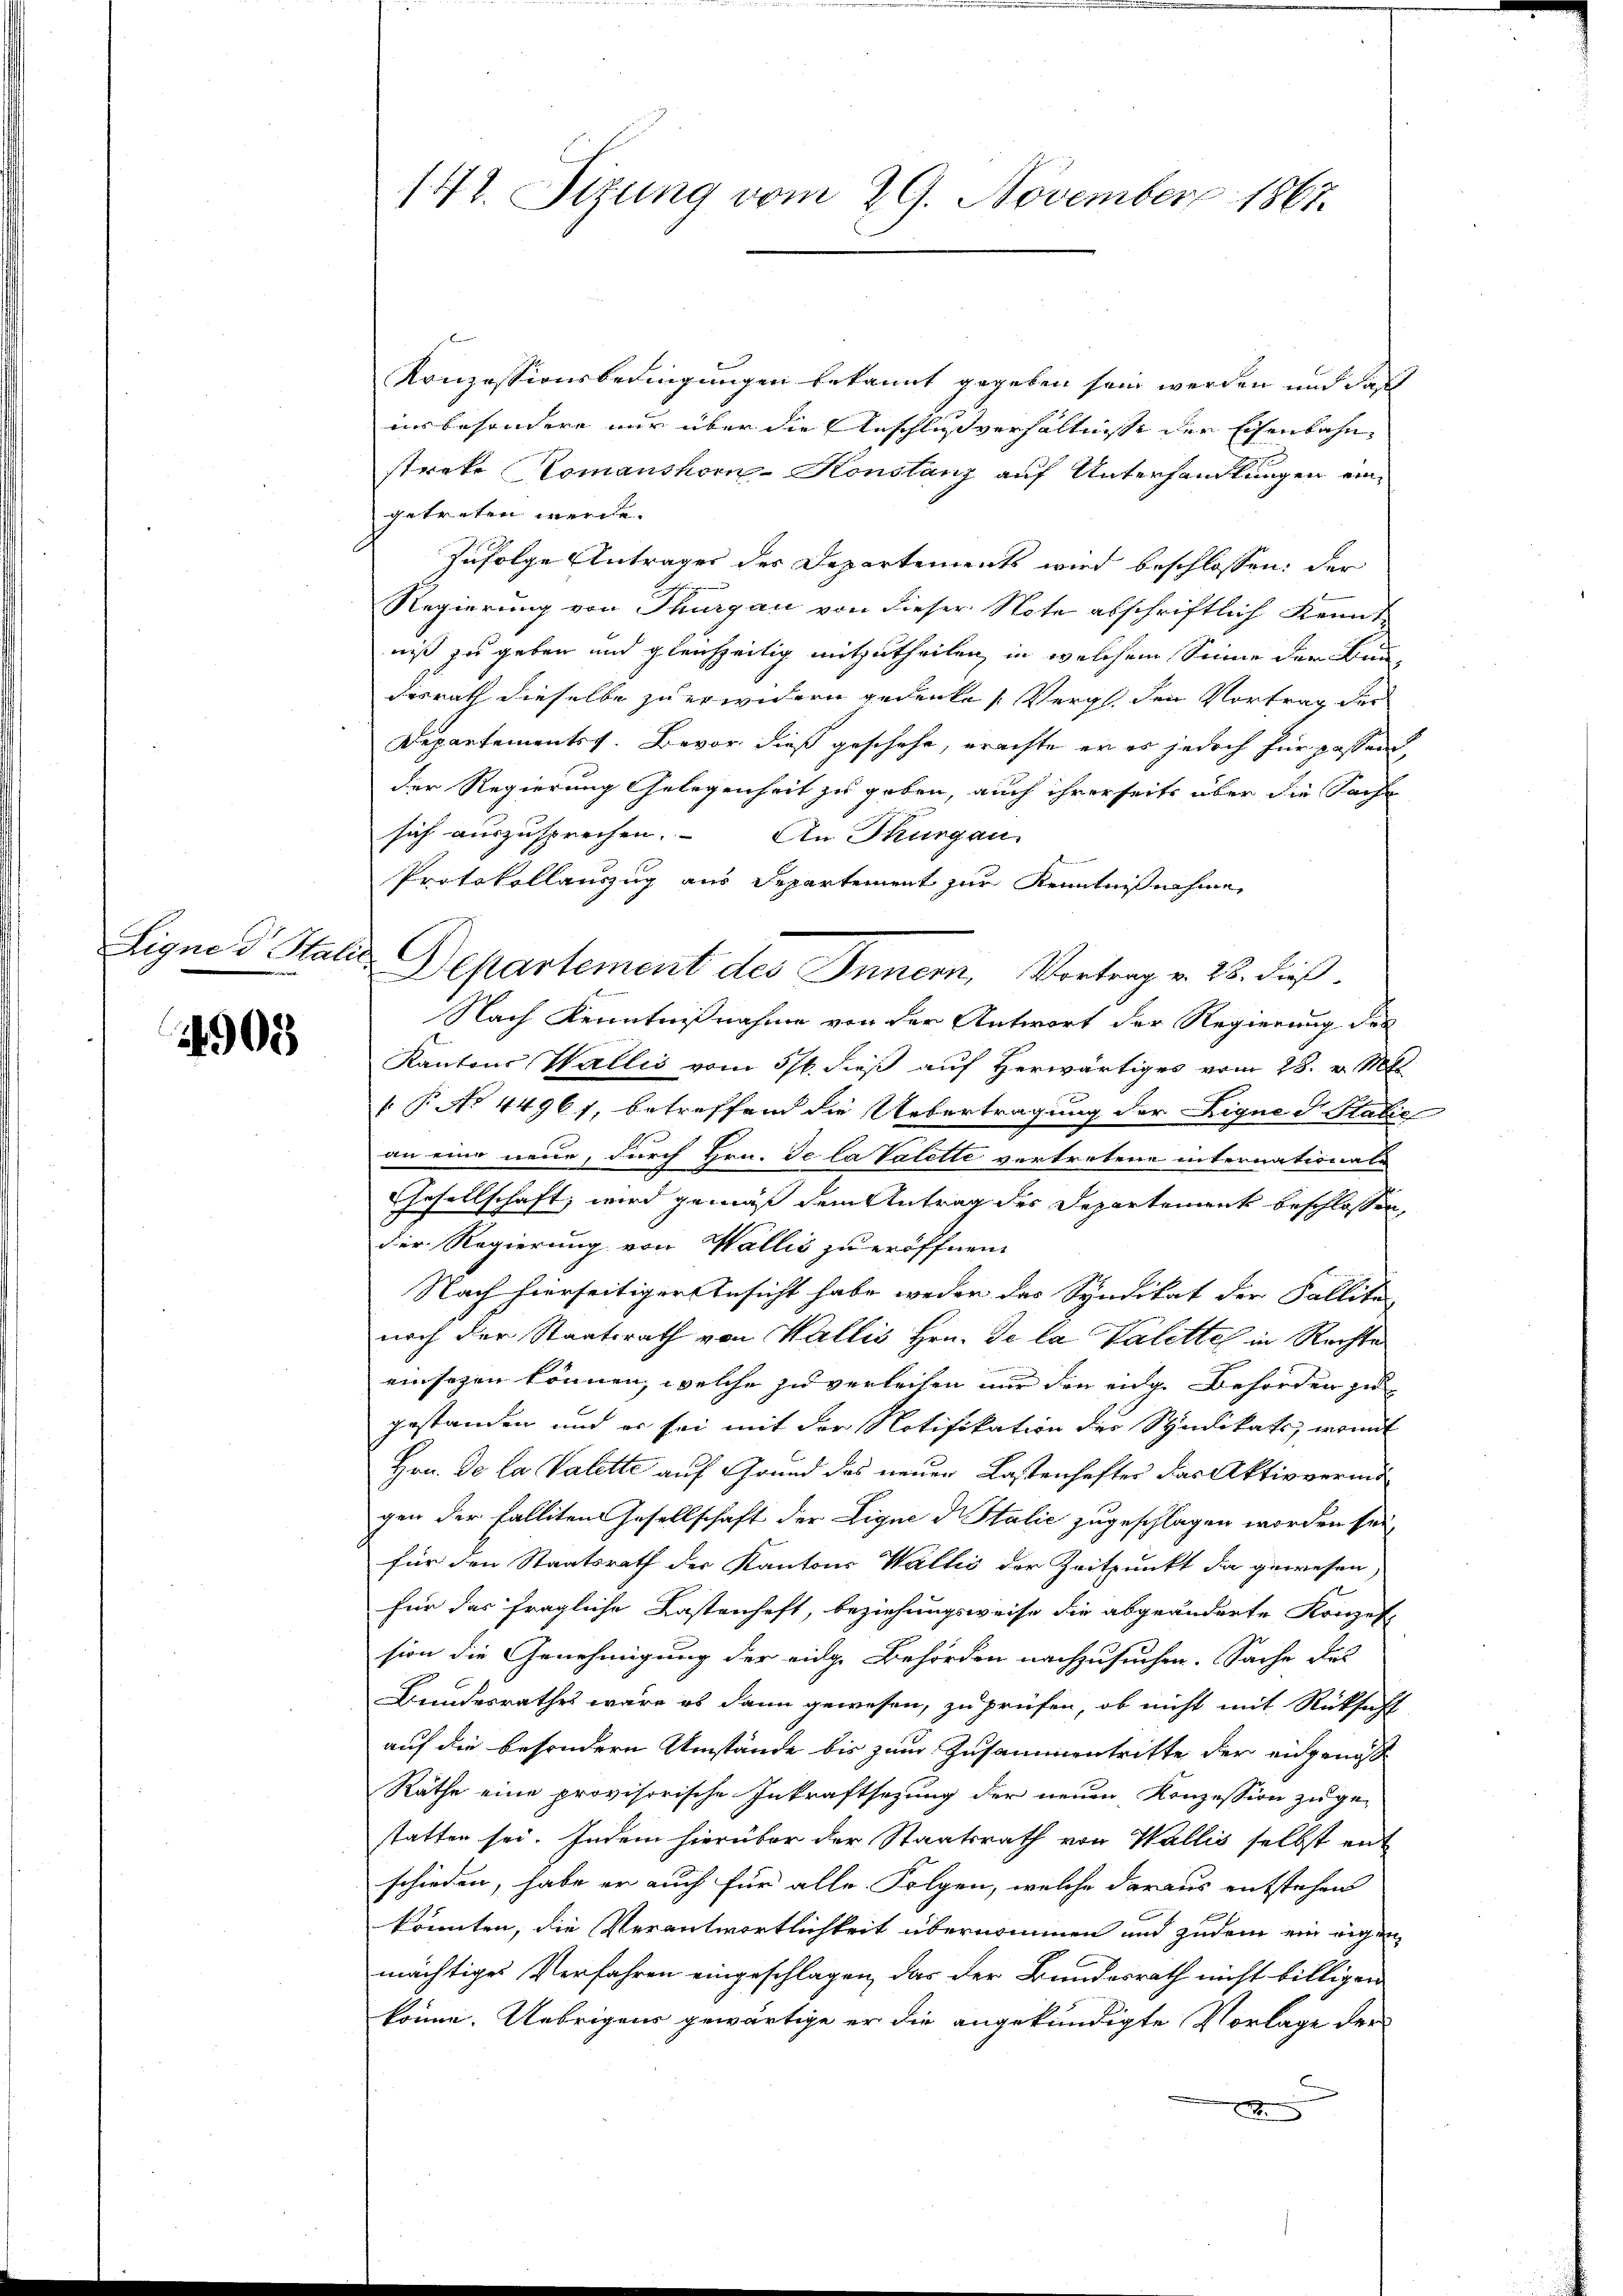
Eigne d Stati

4908

147. Sizung vom 29. November 1867.

c

Konzessionsbedingungen bekannt gegeben sein werden und das
ins besondere nur über die Anschlußverhältnisse der Eisenbahnstreke Komanshorn-Konstanz auf Unterhandlungen eingetreten werde.
Zufolge Antrages des Departements wird beschlossen: der
Regierung von Thurgau von dieser Note abschriftlich kennt
niß zu geben und gleichzeitig mitzutheilen, in welchem Sinne der Bun
disrath dieselbe zu erwidern gedenke, Vergl. den Vortrag der
Departementss. Bevor dieß geschehe, erachte er es jedoch für passend
der Regierung Gelegenheit zu geben, auch ihrerseits über die Sache
sich auszusprechen. An Thurgau

Protokollauszug aus Departement zur Kenntnißnahme
Nach Kenntnißnahme von der Antwort der Regierung des
Kantons Wallis vom 5/6. dieß auf Herwärtiges vom 28. v. Mts.
 P. No 44961, betreffend die Uebertragung der Ligne d. Stalić
an eine neue, durch Hrn. Je la Valette vertretene internationat
Gesellschaft, wird gemäß dem Antrag des Departement beschlossen,
der Regierung von Wallis zu eröffnen.
Nach hierseitiger Ansicht habe weder das Syndikat der Fallite
nach der Staatsrath von Wallis Hrn. De la Valettel in Rechte

einsezen können, welche zu verleihen nur den eidge Behörden zu
gestanden und er sei mit der Notifikation der Stindikats, womit
Hrn. De la Valette auf Grund des neuen Lastenhaftes das Aktivvermögen der Falliten Gesellschaft der Lique die Italić zugeschlagen worden sei
für den Staatsrath der Kantons Wallis der Zeitpunkt da gewesen.
für das fragliche Lastenheft, beziehungsweise die abgeänderte Konzes
sion die Genehmigung der eidge Behörden nachzusuchen. Sache des
Bundesrathes wäre es dann gewesen, zu prüfen, ob nicht mit Rücksicht
auf die besondern Umstände bis zum Zusammentritte der eingenos
Räthe eine provisorische Inkraftsetzung der neuen Konzession zu ge-
statten sei. Indem hierüber der Staatsrath von Wallis selbst ent
schieden, habe er auch für alle Folgen, welche daraus entstehen
könnten, die Verantwortlichkeit übernommen und zudem ein eigen
mächtiges Verfahren eingeschlagen, das der Bundesrath nicht billigen
könne. Uebrigens gewärtige er die angekündigte Vorlage der
E

Departement des Innern, Vortrag v. 28. dieß.